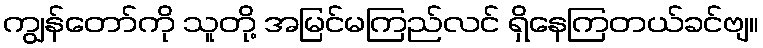
ကျွန်တော်ကို သူတို့ အမြင်မကြည်လင် ရှိနေကြတယ်ခင်ဗျ။